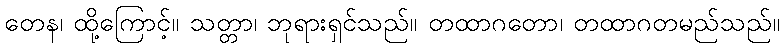
တေန၊ ထို့ကြောင့်။ သတ္တာ၊ ဘုရားရှင်သည်။ တထာဂတော၊ တထာဂတမည်သည်။